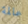
عالمة